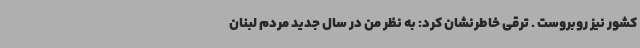
کشور نیز روبروست . ترقی خاطرنشان کرد: به نظر من در سال جدید مردم لبنان